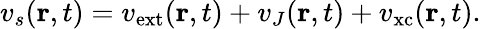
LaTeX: v_{s}(\mathbf{r},t)=v_{\mathrm{{ext}}}(\mathbf{r},t)+v_{J}(\mathbf{r},t)+v_{\mathrm{{xc}}}(\mathbf{r},t).